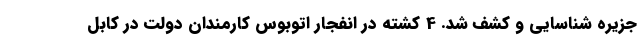
جزیره شناسایی و کشف شد. 4 کشته در انفجار اتوبوس کارمندان دولت در کابل